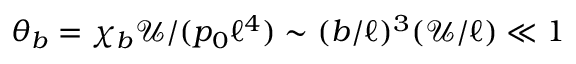
\theta _ { b } = \chi _ { b } \mathcal { U } / ( p _ { 0 } \ell ^ { 4 } ) \sim ( b / \ell ) ^ { 3 } ( \mathcal { U } / \ell ) \ll 1